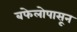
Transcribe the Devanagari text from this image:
बफेलोपासून